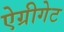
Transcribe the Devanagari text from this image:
ऐग्रीगेट